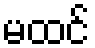
မထင်